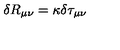
\delta R _ { \mu \nu } = \kappa \delta \tau _ { \mu \nu }